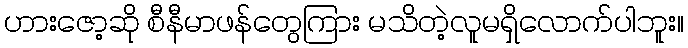
ဟားဇော့ဆို စီနီမာဖန်တွေကြား မသိတဲ့လူမရှိလောက်ပါဘူး။